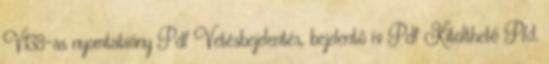
V138-as nyomtatvány Pdf Vetésbejelentés, bejelentő ív Pdf Kitölthető Pfd,